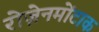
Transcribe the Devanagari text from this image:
रोज़ेनमोंटाक